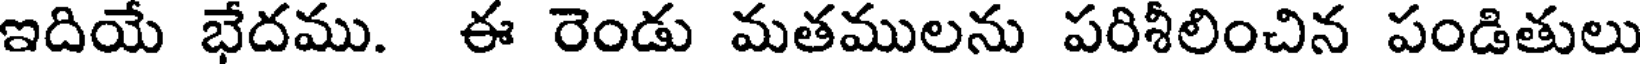
ఇదియే భేదము. ఈ రెండు మతములను పరిశీలించిన పండితులు